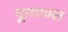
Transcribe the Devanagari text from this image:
मूलएक्स